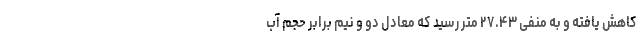
کاهش یافته و به منفی ۲۷.۴۳ متر رسید که معادل دو و نیم برابر حجم آب